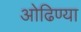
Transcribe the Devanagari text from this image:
ओढिण्या